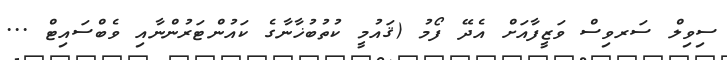
ސިވިލް ސަރވިސް ވަޒީފާއަށް އެދޭ ފޯމު (ޤައުމީ ކުތުބުޚާނާގެ ކައުންޓަރުންނާއި ވެބްސައިޓް ...